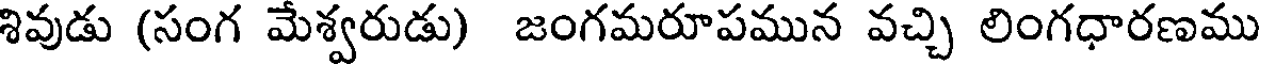
శివుడు (సంగ మేశ్వరుడు) జంగమరూపమున వచ్చి లింగధారణము